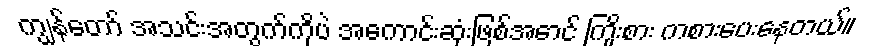
ကျွန်တော် အသင်းအတွက်ကိုပဲ အကောင်းဆုံးဖြစ်အောင် ကြိုးစား ကစားပေးနေတယ်။